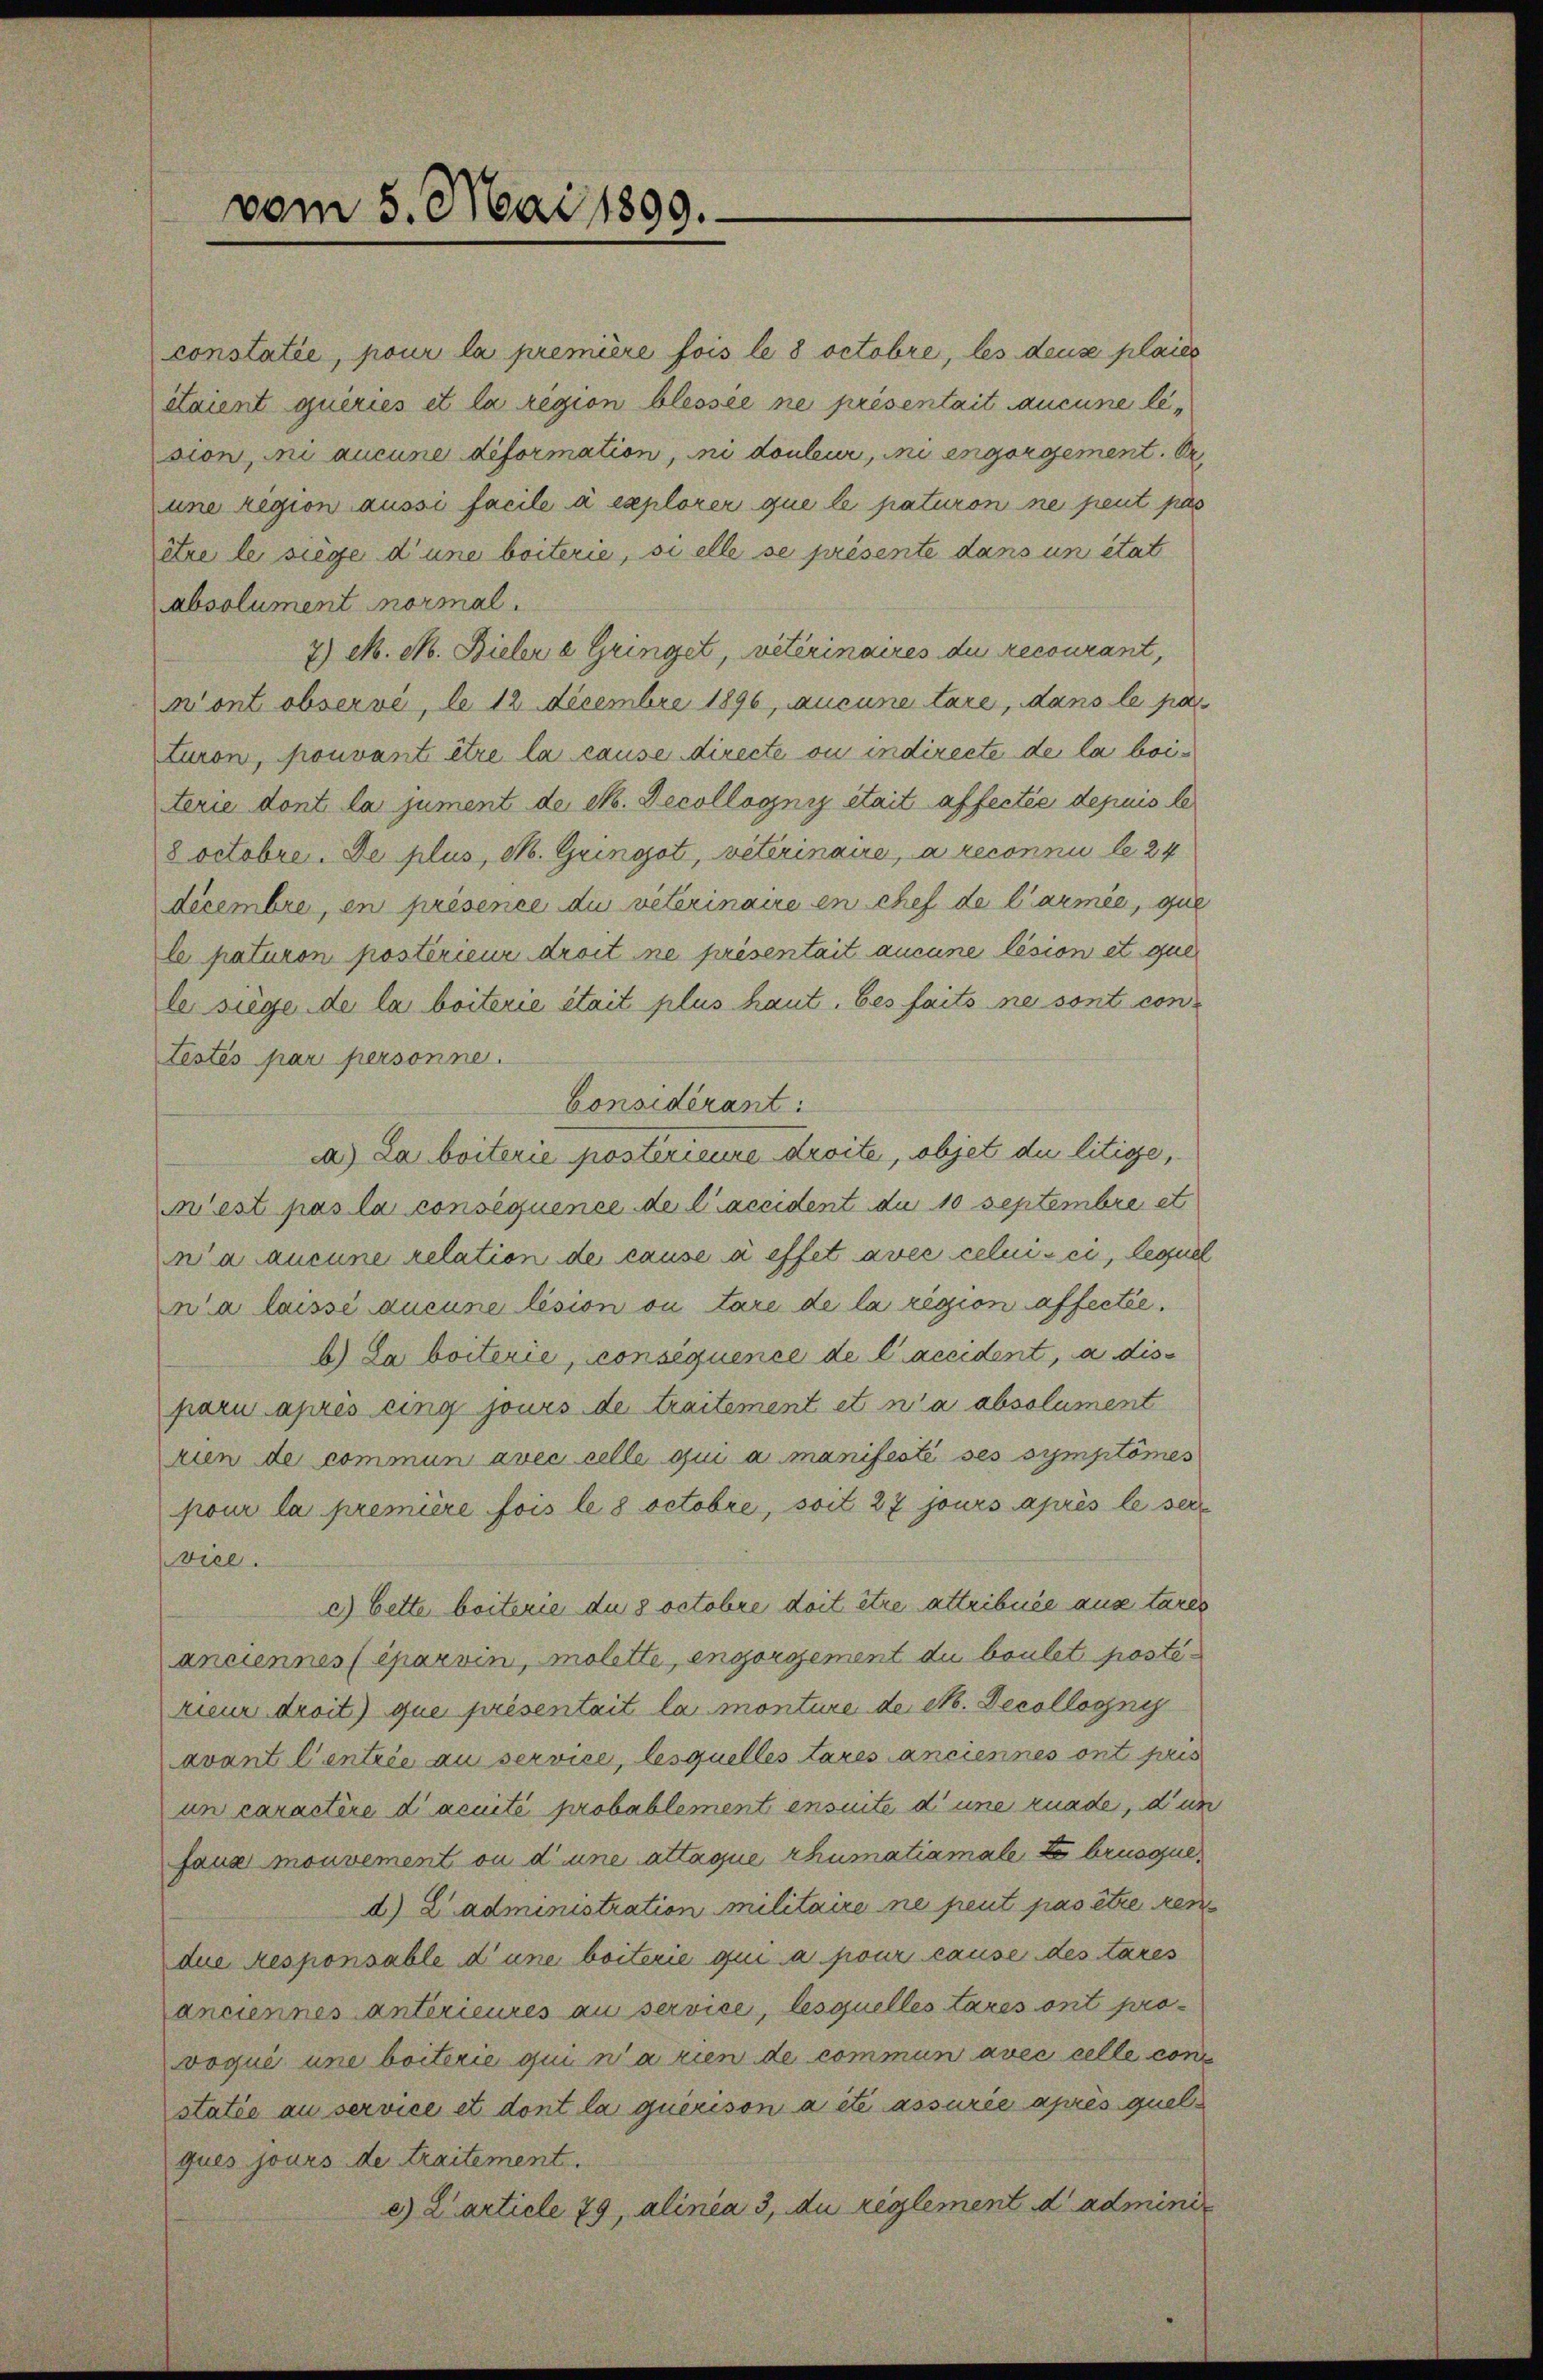
vom 5. Mai 1899.

constatie, pour la première fois le 8 octobre, les deus plaies
étaient queries et la region blessee ne présentait aucune lesion, ou aucune diformation, ni douleur, ni engergement. D
une region aussi facile à explorer que le paturon ne peut pas
itre le siege d’une beiterie, si elle se présente dans un état
absolument normal.
7) M. M. Bielere Gringet, veterinaires du recourant,
mont observe, de 12 Decembre 1896, aucune tare, dans le pa
turon, pouvant être la cause directe ou indirecte de la beiterie dont la jument de M. Decollogni était affectée depuis le
8 Octobre. De plus, M. Gringoti, vétérinaire, a reconnu le 24
décembre, en présence du veterinaire en chef de l’armée, que
le paturon postérieur droit ne présentait aucune lésion et que
le siege de la beiterie était plus haut, bes faits ne sont contestés par personne.
Aa.) Da beiterie postérieure droite, objet du litige,
’est pas la consequence de Caccident du 10 septembre et
wa aucune relation de cause à effet avec celui-ci, lequel
n’a laissé aucune lésion ou tare de la rission affectée.
b) Laboiterie, consequence de l’accident, a disparu après eing jours de traitement et n’a absolument
rien de commun avec celle qui a manifestée ses symptomes
pour la première fois le 8 Octobre, soit 27 jours après le ser
viel.
c) bette beiterie du 8 octobre doit être attribuée aus tares
anciennes éparvin, molette, engergement du baulet posté-
rieur droit que présentait la monture de No. Decollogny
avant Centrie au service, lesquelles tares anciennes ont pris
un caractire d’acuité probablement ensuite d’une rnade, dun
faua mouvement ou d’une attaque chumatiamale Lebruoque.
d) L’administration Militaire ne peut pas être ren
die Responsable d’une beiterie qui a pour cause des tares
anciennes unterieures au service, lesquelles tares ont pro
voqué une beiterie qui n’a rien de commun avec celle cons
statée au service et dont la querison a été assurie après quelques jours de traitement.
e) Zarticle 79, alinea 3, du reglement d adminis

Considérant